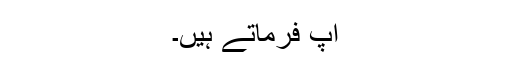
آپؐ فرماتے ہیں۔